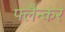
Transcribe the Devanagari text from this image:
फ्लैन्कर